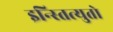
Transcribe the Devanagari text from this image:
इन्स्तित्युतो